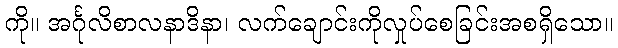
ကို။ အင်္ဂုလိစာလနာဒိနာ၊ လက်ချောင်းကိုလှုပ်စေခြင်းအစရှိသော။